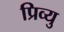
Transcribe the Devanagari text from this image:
प्रिव्यु